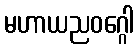
မဟာယညဝဂ္ဂေါ